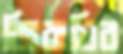
জিরায়ির